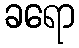
ခရော